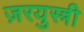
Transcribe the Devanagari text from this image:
ज़रयुस्त्री